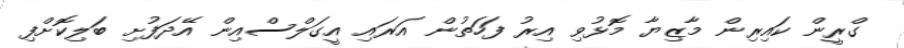
ގްރީން ކައިރިން މާޒިޔާ މޮޅުވި އިރު ފަހަތުން އަރައި އީގަލްސްއިން އޭދަފުށި ބަލިކޮށްފި